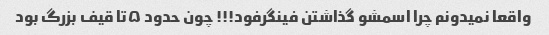
واقعا نمیدونم چرا اسمشو گذاشتن فینگرفود!!! چون حدود ۵تا قیف بزرگ بود